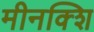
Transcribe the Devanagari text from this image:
मीनक्शि